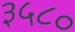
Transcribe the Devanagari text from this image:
३५८०